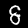
Digit: 8